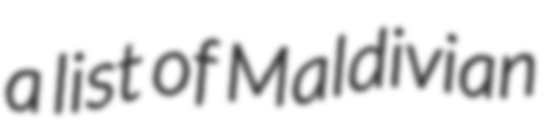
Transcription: a list of Maldivian